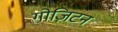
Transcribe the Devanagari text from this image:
गोज़िटन